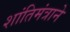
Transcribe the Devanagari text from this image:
शांतिमंत्राने